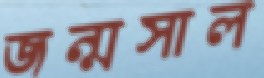
জন্মসাল